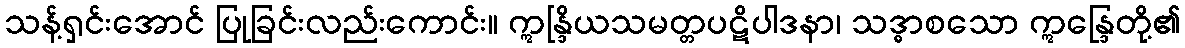
သန့်ရှင်းအောင် ပြုခြင်းလည်းကောင်း။ ဣန္ဒြိယသမတ္တပဋိပါဒနာ၊ သဒ္ဓာစသော ဣန္ဒြေတို့၏